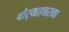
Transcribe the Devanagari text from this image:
चौर्‍याहत्तरावा